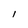
Character: 1